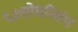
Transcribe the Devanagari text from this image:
६७शोधनिवंध